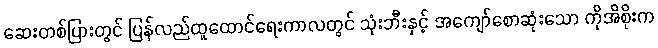
ဆေးတစ်ပြားတွင် ပြန်လည်ထူထောင်ရေးကာလတွင် သုံးဘီးနှင့် အကျော်စောဆုံးသော ကိုအိစိုးက